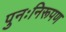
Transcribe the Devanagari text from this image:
पुनःनिरूपण